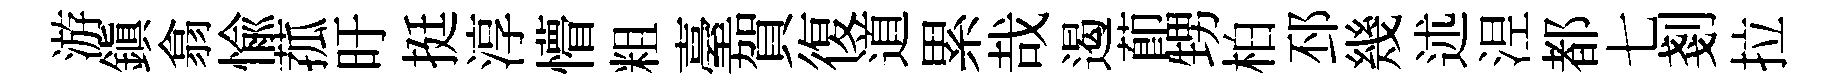
游鎭翕愉菰旴挺淳懵粗臺賀復道累哉遏莭甥柏邳幾述𣵀都七剗拉